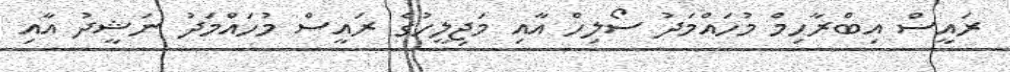
ރައީސް އިބްރާހިމް މުހައްމަދު ސޯލިހް އާއި މަޖިލީހުގެ ރައީސް މުހައްމަދު ނަޝީދު އާއި